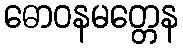
ဓောဝနမတ္တေန